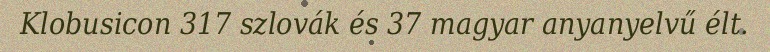
Klobusicon 317 szlovák és 37 magyar anyanyelvű élt.